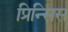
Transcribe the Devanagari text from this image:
प्रिन्सिस